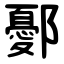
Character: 鄾